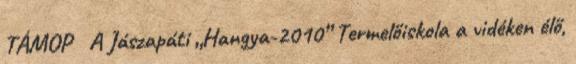
TÁMOP A Jászapáti „Hangya-2010” Termelőiskola a vidéken élő,